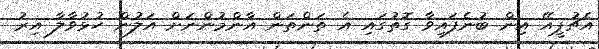
އެޗުޕީއޭ އިން ބުނެފައިވާ ގޮތުގައި އެ ތަންތަން އާންމުންނަށް އަލުން ހުޅުވާލާ އިރު